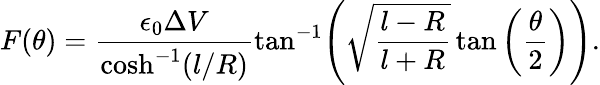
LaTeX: F(\theta)=\frac{\epsilon_{0}\Delta V}{\cosh^{-1}(l/R)}\tan^{-1}\! \left(\sqrt{\frac{l-R}{l+R}}\tan\left(\frac{\theta}{2}\right)\right).